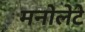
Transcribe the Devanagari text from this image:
मनोलेटे